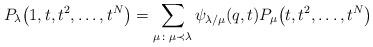
LaTeX: \begin{gather*}P_{\lambda}\big(1, t, t^2, \dots, t^N\big) = \sum_{\mu\colon \mu\prec\lambda}{\psi_{\lambda/\mu}(q, t)P_{\mu}\big(t, t^2, \dots, t^N\big)}\end{gather*}